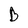
Character: B